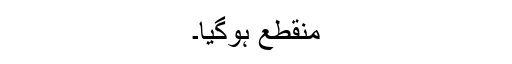
منقطع ہوگیا۔